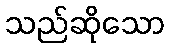
သည်ဆိုသော